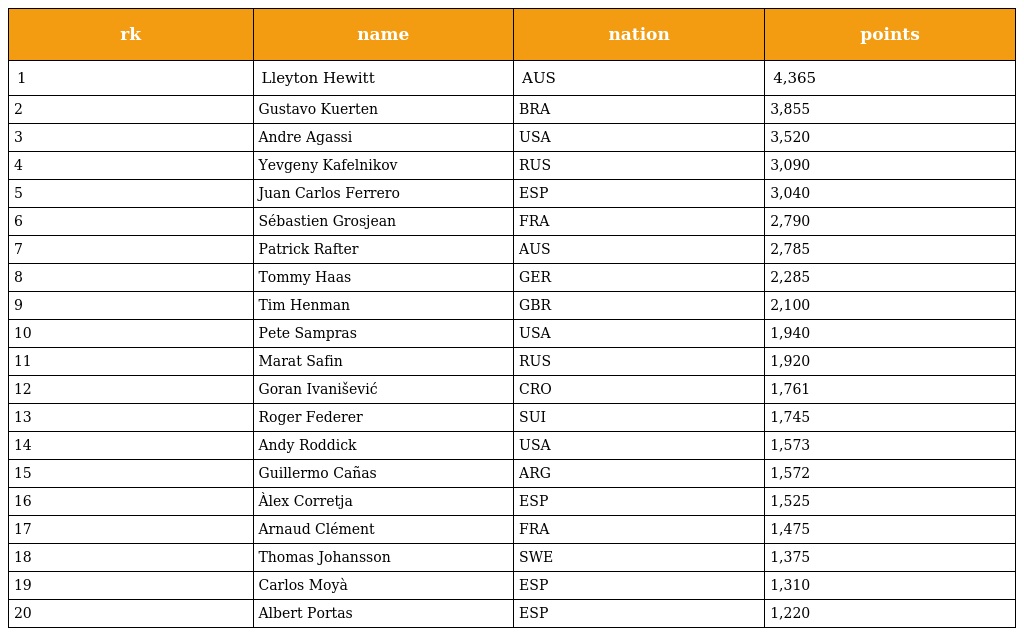
| rk | name | nation | points |
 | --- | --- | --- | --- |
 | 1 | Lleyton Hewitt | AUS | 4,365 |
 | 2 | Gustavo Kuerten | BRA | 3,855 |
 | 3 | Andre Agassi | USA | 3,520 |
 | 4 | Yevgeny Kafelnikov | RUS | 3,090 |
 | 5 | Juan Carlos Ferrero | ESP | 3,040 |
 | 6 | Sébastien Grosjean | FRA | 2,790 |
 | 7 | Patrick Rafter | AUS | 2,785 |
 | 8 | Tommy Haas | GER | 2,285 |
 | 9 | Tim Henman | GBR | 2,100 |
 | 10 | Pete Sampras | USA | 1,940 |
 | 11 | Marat Safin | RUS | 1,920 |
 | 12 | Goran Ivanišević | CRO | 1,761 |
 | 13 | Roger Federer | SUI | 1,745 |
 | 14 | Andy Roddick | USA | 1,573 |
 | 15 | Guillermo Cañas | ARG | 1,572 |
 | 16 | Àlex Corretja | ESP | 1,525 |
 | 17 | Arnaud Clément | FRA | 1,475 |
 | 18 | Thomas Johansson | SWE | 1,375 |
 | 19 | Carlos Moyà | ESP | 1,310 |
 | 20 | Albert Portas | ESP | 1,220 |